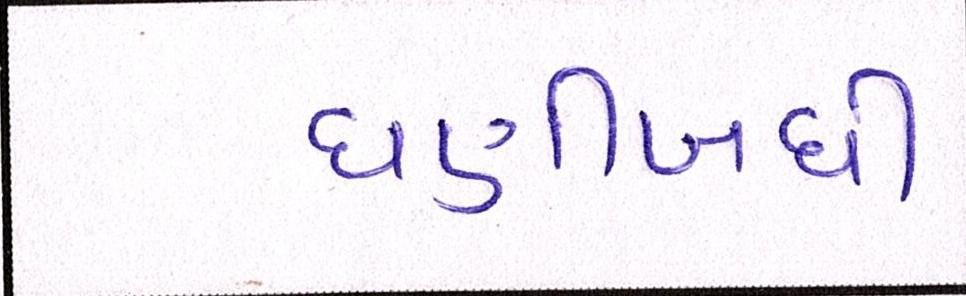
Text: ઘણીબધી